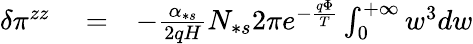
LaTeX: \begin{array}{rlr}{\delta\pi^{zz}}&{{}=}&{-\frac{\alpha_{\ast s}}{2qH}N_{\ast s}2\pi e^{-\frac{q\Phi}{T}}\int_{0}^{+\infty}w^{3}dw}\end{array}